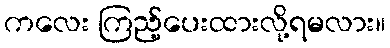
ကလေး ကြည့်ပေးထားလို့ရမလား။